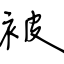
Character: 被